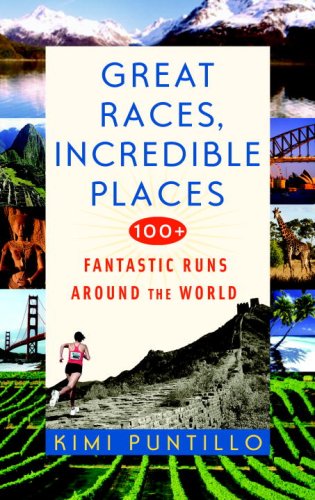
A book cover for Great Races, Incredible Places: 100+ Fantastic Runs Around the World; Kimi Puntillo; Sports & Outdoors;